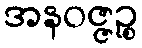
အနဝဇ္ဇဉ္စ